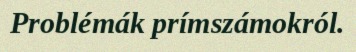
Problémák prímszámokról.